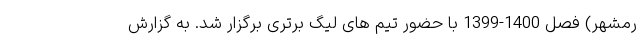
رمشهر) فصل 1400-1399 با حضور تیم های لیگ برتری برگزار شد. به گزارش